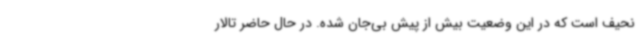
نحیف است که در این وضعیت بیش از پیش بی‌جان شده. در حال حاضر تالار